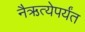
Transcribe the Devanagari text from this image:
नैऋत्येपर्यंत